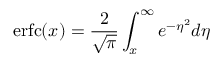
\mathrm { e r f c } ( x ) = \frac { 2 } { \sqrt { \pi } } \int _ { x } ^ { \infty } e ^ { - \eta ^ { 2 } } d \eta